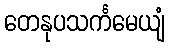
တေနုပသင်္ကမေယျံ